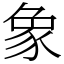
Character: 象